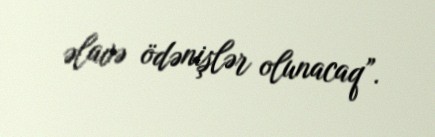
əlavə ödənişlər olunacaq”.